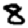
Digit: 8